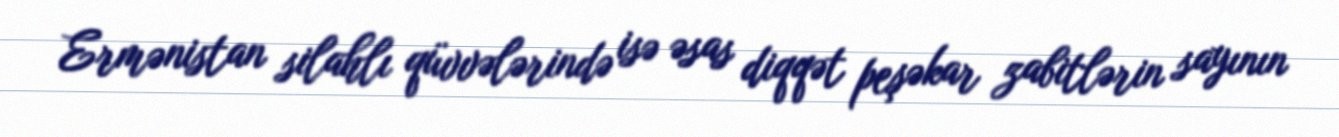
Ermənistan silahlı qüvvələrində isə əsas diqqət peşəkar zabitlərin sayının